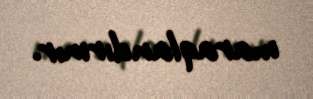
maraqlandırmır.